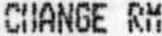
CHANGE RM